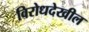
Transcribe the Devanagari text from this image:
विरोधदेखील